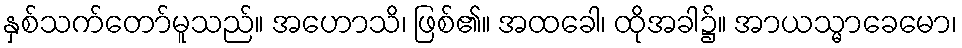
နှစ်သက်တော်မူသည်။ အဟောသိ၊ ဖြစ်၏။ အထခေါ၊ ထိုအခါ၌။ အာယသ္မာခေမော၊